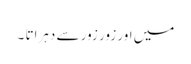
میں اور زور زور سے دہراتا ۔